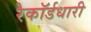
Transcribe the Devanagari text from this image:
रेकॉर्डधारी